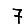
Digit: 7